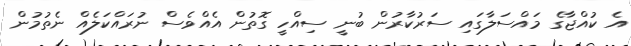
އެ ކުއްޖާގެ މައްސަލާގައި ސަރުކާރުން ބުނީ ސިއްހީ ގޮތުން އެއްވެސް ނުރައްކަލެއް ނެތުމުން